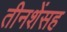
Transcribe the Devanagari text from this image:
तीनशेंसह